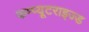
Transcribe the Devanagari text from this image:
कम्प्यूटराइज्ड